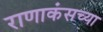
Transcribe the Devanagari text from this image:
राणाकंसच्या